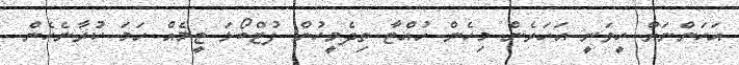
އަހަންނަށް ހީވަނީ އަހަރެން މިހެން ހުއްޓާ ތިދެމީހުން ފުޓްބޯޅަ ޓީމެއް ހަމަ ކުރާނެހެން.